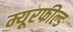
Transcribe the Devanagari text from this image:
म्यूरफील्ड